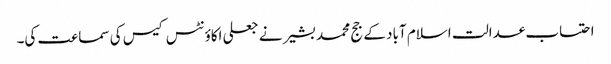
احتساب عدالت اسلام آباد کے جج محمد بشیر نے جعلی اکاؤنٹس کیس کی سماعت کی۔